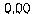
0.00